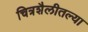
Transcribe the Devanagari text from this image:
चित्रशैलीतल्या